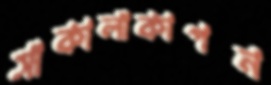
সাকালাকাপন